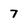
Character: 7